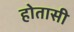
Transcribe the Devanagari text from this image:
होतासी